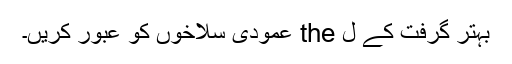
بہتر گرفت کے ل the عمودی سلاخوں کو عبور کریں۔